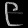
Digit: ၉